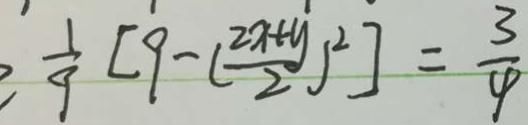
\geq \frac { 1 } { 9 } [ 9 - ( \frac { 2 x + y } { 2 } ) ^ { 2 } ] = \frac { 3 } { 4 }